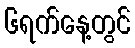
၆ရက်နေ့တွင်